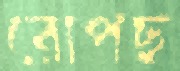
রোপছ